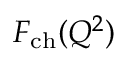
F _ { \mathrm { c h } } ( Q ^ { 2 } )